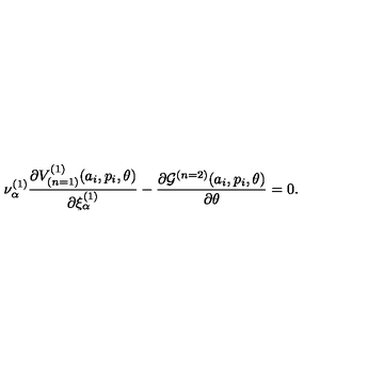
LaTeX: { \nu } _ { \alpha } ^ { ( 1 ) } \frac { \partial V _ { ( n = 1 ) } ^ { ( 1 ) } ( a _ { i } , p _ { i } , \theta ) } { \partial { \xi } _ { \alpha } ^ { ( 1 ) } } - \frac { \partial { \cal G } ^ { ( n = 2 ) } ( a _ { i } , p _ { i } , \theta ) } { \partial \theta } = 0 .